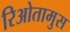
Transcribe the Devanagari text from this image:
रिओतामुस